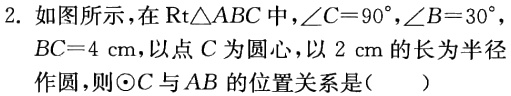
2. 如图所示，在$\text{Rt}\triangle ABC$中，$\angle C = 90^{\circ}$，$\angle B = 30^{\circ}$，$BC = 4\ \text{cm}$，以点$C$为圆心，以$2\ \text{cm}$的长为半径作圆，则$\odot C$与$AB$的位置关系是（  ）